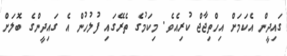
ގައިދީން އެކަމަށް އިހްތިޖާޖް ކުރިއެވެ. މިކަމުގެ ތެރޭގައި ފުލުހުން އެ ގައިދީންގެ ބޮލަށް